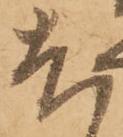
尤